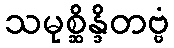
သမုစ္ဆိန္ဒိတဗ္ဗံ